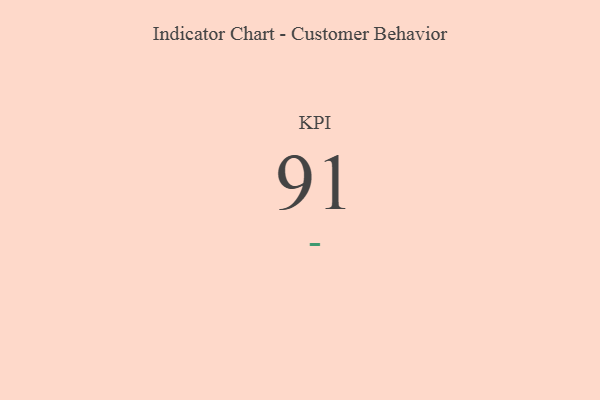
{"axis": {"x": "KPI", "y": "Value"}, "legend": [""], "data": [{"x": "KPI", "y": 91, "type": ""}]}